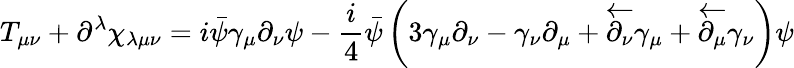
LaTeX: T_{\mu\nu}+\partial^{\lambda}\chi_{\lambda\mu\nu}=i\bar{\psi}\gamma_{\mu}\partial_{\nu}\psi-\frac{i}{4}\bar{\psi}\left(3\gamma_{\mu}\partial_{\nu}-\gamma_{\nu}\partial_{\mu}+\overleftarrow{\partial_{\nu}}\gamma_{\mu}+\overleftarrow{\partial_{\mu}}\gamma_{\nu}\right)\psi